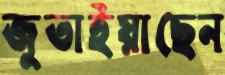
জুতাইয়াছেন